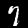
Digit: 7